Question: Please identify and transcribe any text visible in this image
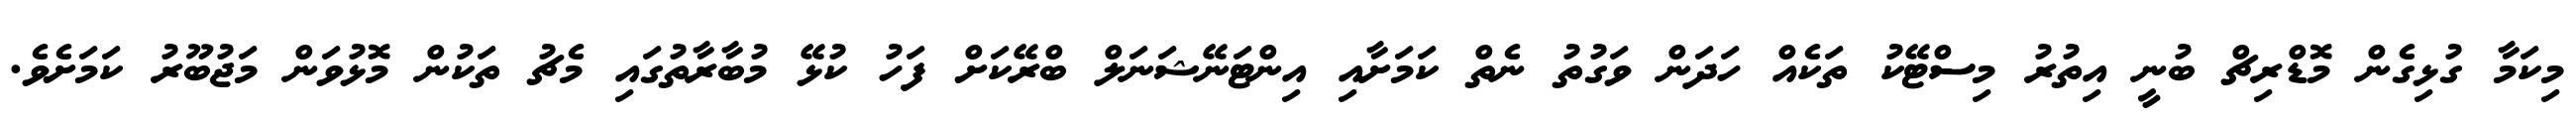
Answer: މިކަމާ ގުޅިގެން މޮޑްރިޗް ބުނީ އިތުރު މިސްޓޭކު ތަކެއް ހަދަން ވަގުތު ނެތް ކަމަށާއި އިންޓަނޭޝަނަލް ބްރޭކަށް ފަހު ކުޅޭ މުބާރާތުގައި މެޗު ތަކުން މޮޅުވަން މަޖުބޫރު ކަމަށެވެ.